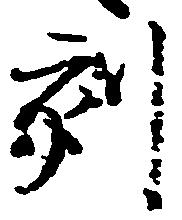
刻